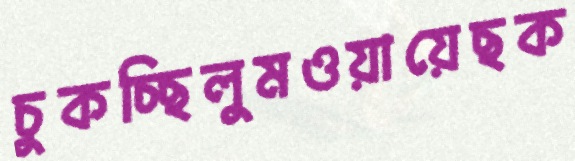
চুকচ্ছিলুমওয়ায়েছক